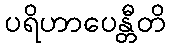
ပရိဟာပေန္တီတိ